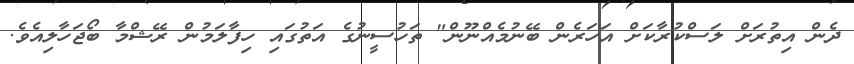
ދެން އިތުރަށް ލަސްކުރާކަށް އަހަރެން ބޭނުމެއްނޫން" ތަހުސީނުގެ އަތުގައި ހިފާލަމުން ރޭޝްމާ ބޯޖަހާލިއެވެ.